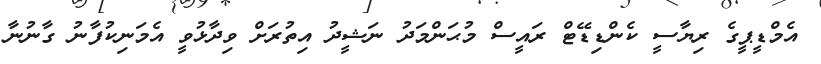
އެމްޑީޕީގެ ރިޔާސީ ކެންޑިޑޭޓް ރައީސް މުޙަންމަދު ނަޝީދު އިތުރަށް ވިދާޅުވީ އެމަނިކުފާނު ގާނުނާ